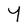
Character: Y